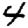
Digit: 4